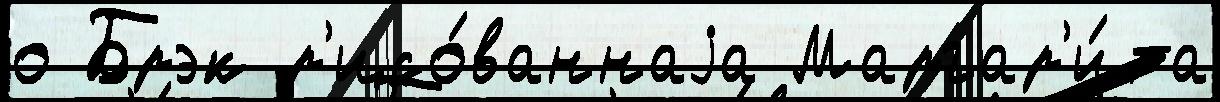
о Брэк р'исо́ваннаjа Маргар'и́та